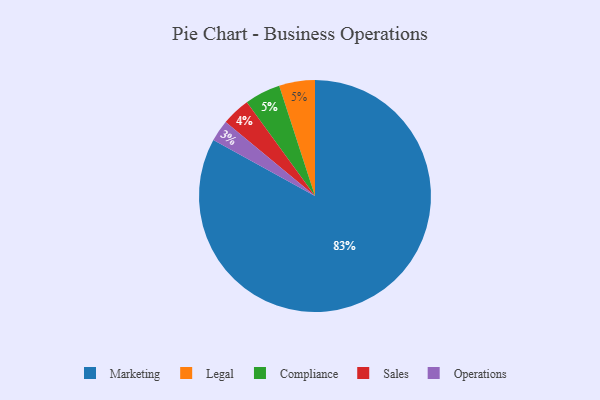
{"axis": {"x": "Category", "y": "Percentage"}, "legend": ["Compliance", "Legal", "Marketing", "Operations", "Sales"], "data": [{"x": "Legal", "y": 5, "type": "Legal"}, {"x": "Sales", "y": 4, "type": "Sales"}, {"x": "Operations", "y": 3, "type": "Operations"}, {"x": "Marketing", "y": 83, "type": "Marketing"}, {"x": "Compliance", "y": 5, "type": "Compliance"}]}